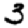
Digit: 3